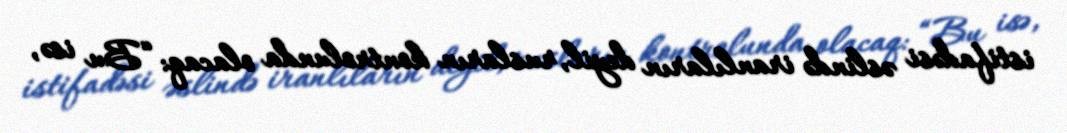
istifadəsi əslində iranlıların deyil, rusların kontrolunda olacaq: “Bu isə,